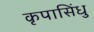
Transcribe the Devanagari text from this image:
कृपासिंधु